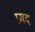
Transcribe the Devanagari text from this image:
प्रमद